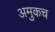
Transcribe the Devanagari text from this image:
अमुकच